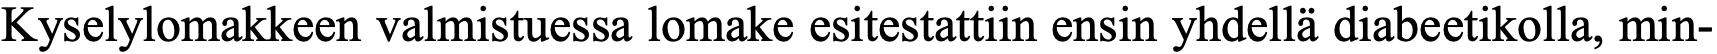
Kyselylomakkeen valmistuessa lomake esitestattiin ensin yhdellä diabeetikolla, min-